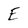
Character: E